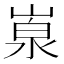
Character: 𡺙